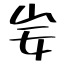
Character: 妛